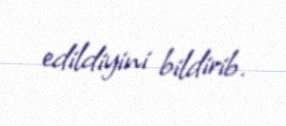
edildiyini bildirib.